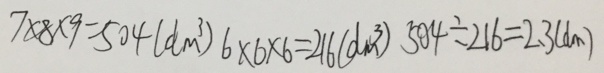
7 \times 8 \times 9 = 5 0 4 ( d m ^ { 3 } ) 6 \times 6 \times 6 = 2 1 6 ( d m ^ { 3 } ) 5 0 4 \div 2 1 6 = 2 . 3 ( d m )